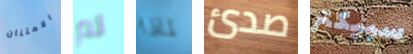
الامتنان لم لماذا صدئ سبيكتر